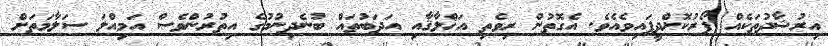
އިރުޝާދުތަކެއް ފޯރުކޮށްދީފައިވެއެވެ. އެގޮތުން ރިވެތި އަޚްލާޤާއި އަދަބުތައް ބުނެދިނުމުގެ އިތުރުންވެސް އަމިއްލަ ސަލާމަތަށް